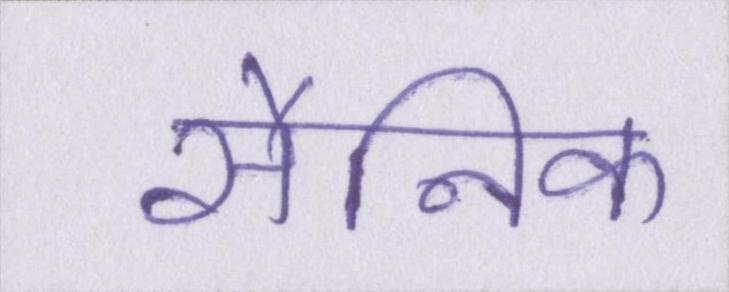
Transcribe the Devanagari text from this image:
सैनिक